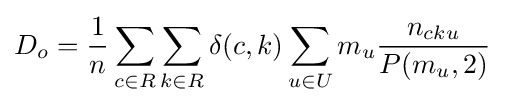
D_{o}={\frac {1}{n}}\sum _{c\in R}\sum _{k\in R}\delta (c,k)\sum _{u\in U}m_{u}{\frac {n_{cku}}{P(m_{u},2)}}